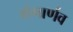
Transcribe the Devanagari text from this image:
मंगार्णव